Annual statistical returns and brief notes on vaccination in Bengal - 1896-1909
Year: 1896
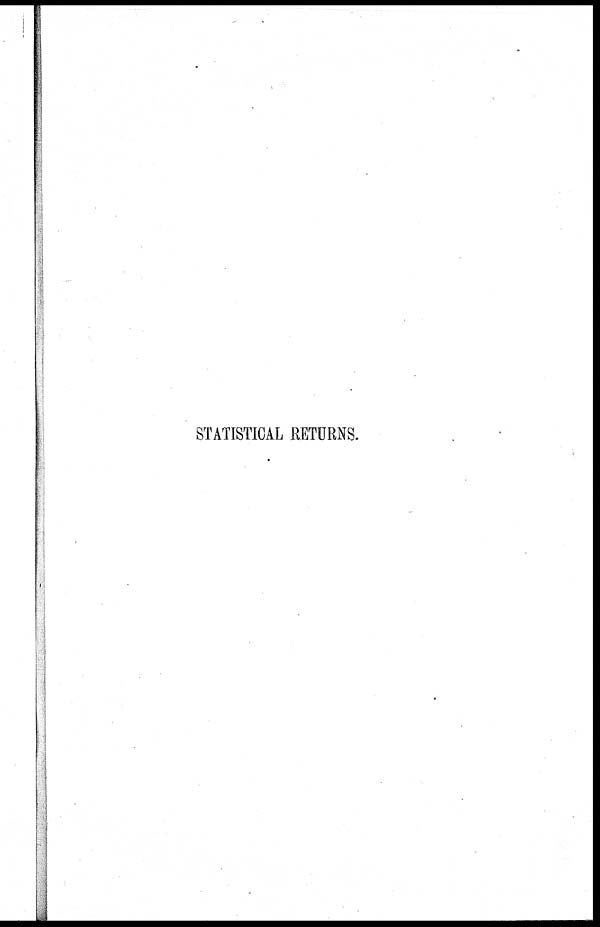
STATISTICAL RETURNS.